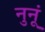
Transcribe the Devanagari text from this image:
नुनूं